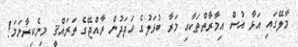
މާލޭގައި އަޅާ އުސް އިމާރާތްތަކާއި މަރާ ބުޅަލުގެ އަދަދުން ރާއްޖޭގެ ތަރައްޤީ މިނެކިރާނަމަ!